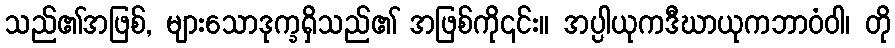
သည်၏အဖြစ်, များသောဒုက္ခရှိသည်၏ အဖြစ်ကို၎င်း။ အပ္ပါယုကဒီဃာယုကဘာဝံဝါ၊ တို